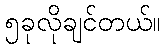
၅ခုလိုချင်တယ်။